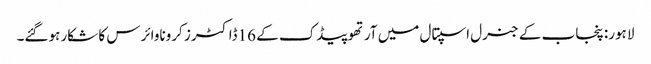
لاہور: پنجاب کے جنرل اسپتال میں آرتھوپیڈک کے 16ڈاکٹرز کروناوائرس کا شکار ہوگئے۔